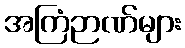
အကြံဉာဏ်များ